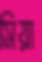
সিয়া